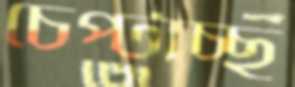
চেপ্‌টাচ্ছ